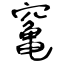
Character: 䆴